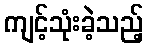
ကျင့်သုံးခဲ့သည့်